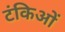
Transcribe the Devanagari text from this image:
टंकिओं